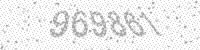
Solution: 969861